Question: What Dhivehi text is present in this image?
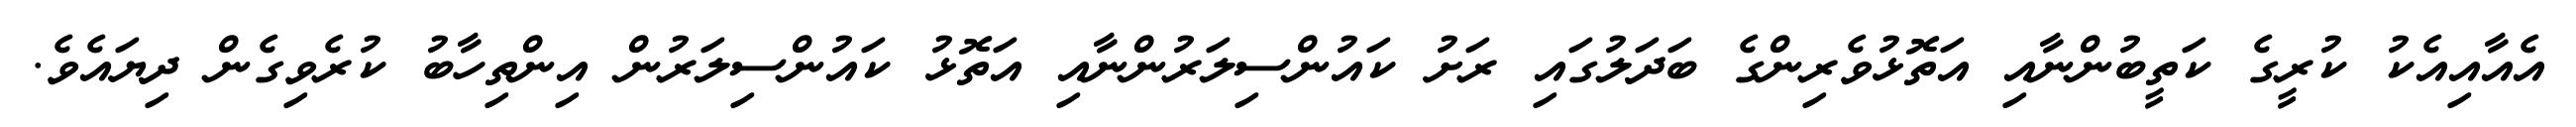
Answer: އެއާއިއެކު ކުރީގެ ކަތީބުންނާއި އަތޮޅުވެރިންގެ ބަދަލުގައި ރަށު ކައުންސިލަރުންނާއި އަތޮޅު ކައުންސިލަރުން އިންތިހާބު ކުރެވިގެން ދިޔައެވެ.